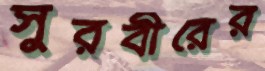
সুরবীরের